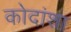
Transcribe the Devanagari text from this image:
कोदांशा